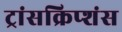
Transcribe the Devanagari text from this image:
ट्रांसक्रिप्शंस